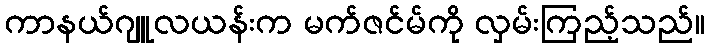
ကာနယ်ဂျူလယန်းက မက်ဇင်မ်ကို လှမ်းကြည့်သည်။